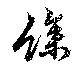
餘